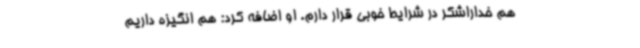
هم خداراشکر در شرایط خوبی قرار دارم. او اضافه کرد: هم انگیزه داریم